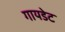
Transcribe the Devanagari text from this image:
गायडेट